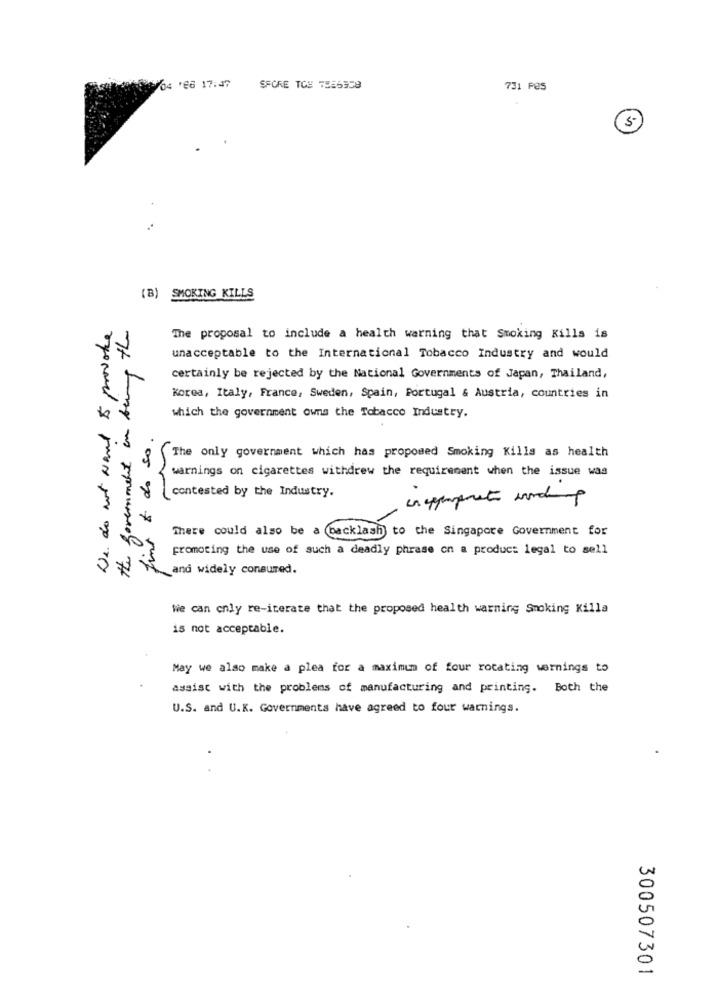
28/04 166 17:47
SFORE TOS 7556958
731 P@S
(B) SMOKING KILLS
We do not want & provoke
The proposal to include a health warning that Smoking Kills is
the government on being
unacceptable to the International Tobacco Industry and would
certainly be rejected by the National Governments of Japan, Thailand,
Korea, Italy, France, Sweden, Spain, Portugal & Austria, countries in
which the government owns the Tobacco Industry.
fins A do so.
The only government which has proposed Smoking Kills as health
warnings on cigarettes withdrew the requirement when the issue was
contested by the Industry.
There could also be a (backlash to the Singapore Government for
promoting the use of such a deadly phrase on a product legal to sell
and widely consumed.
We can only re-iterate that the proposed health warning Smoking Killa
is not acceptable.
May we also make a plea for a maximum of four rotating warnings to
assist with the problems of manufacturing and printing. Both the
U.S. and U.K. Governments have agreed to four warnings.
300507301